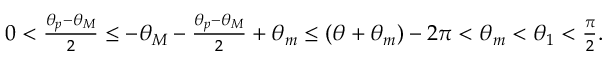
\begin{array} { r } { 0 < \frac { \theta _ { p } - \theta _ { M } } { 2 } \le - \theta _ { M } - \frac { \theta _ { p } - \theta _ { M } } { 2 } + \theta _ { m } \le ( \theta + \theta _ { m } ) - 2 \pi < \theta _ { m } < \theta _ { 1 } < \frac { \pi } { 2 } . } \end{array}